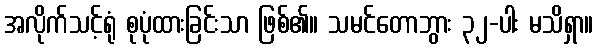
အလိုက်သင့်ရုံ စုပုံထားခြင်းသာ ဖြစ်၏။ သမင်တောဘွား ၃၂-ပါး မသိရှာ။